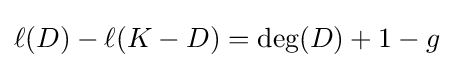
\ell (D)-\ell (K-D)={\text{deg}}(D)+1-g